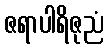
ဇရာပါရိဇုညံ